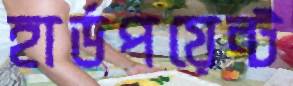
হার্ডপয়েন্ট